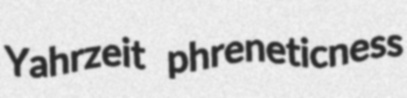
Yahrzeit phreneticness